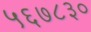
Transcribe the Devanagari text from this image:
५६७८३०